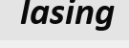
lasing